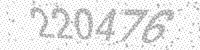
Solution: 220476